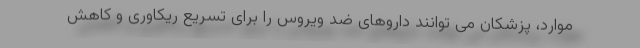
موارد، پزشکان می توانند داروهای ضد ویروس را برای تسریع ریکاوری و کاهش